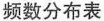
频数分布表